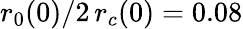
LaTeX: r_{0}(0)/2\, r_{c}(0)=0.08